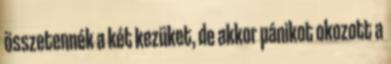
összetennék a két kezüket, de akkor pánikot okozott a